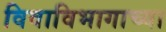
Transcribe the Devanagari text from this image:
विवाविभागाच्या